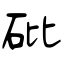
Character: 砒